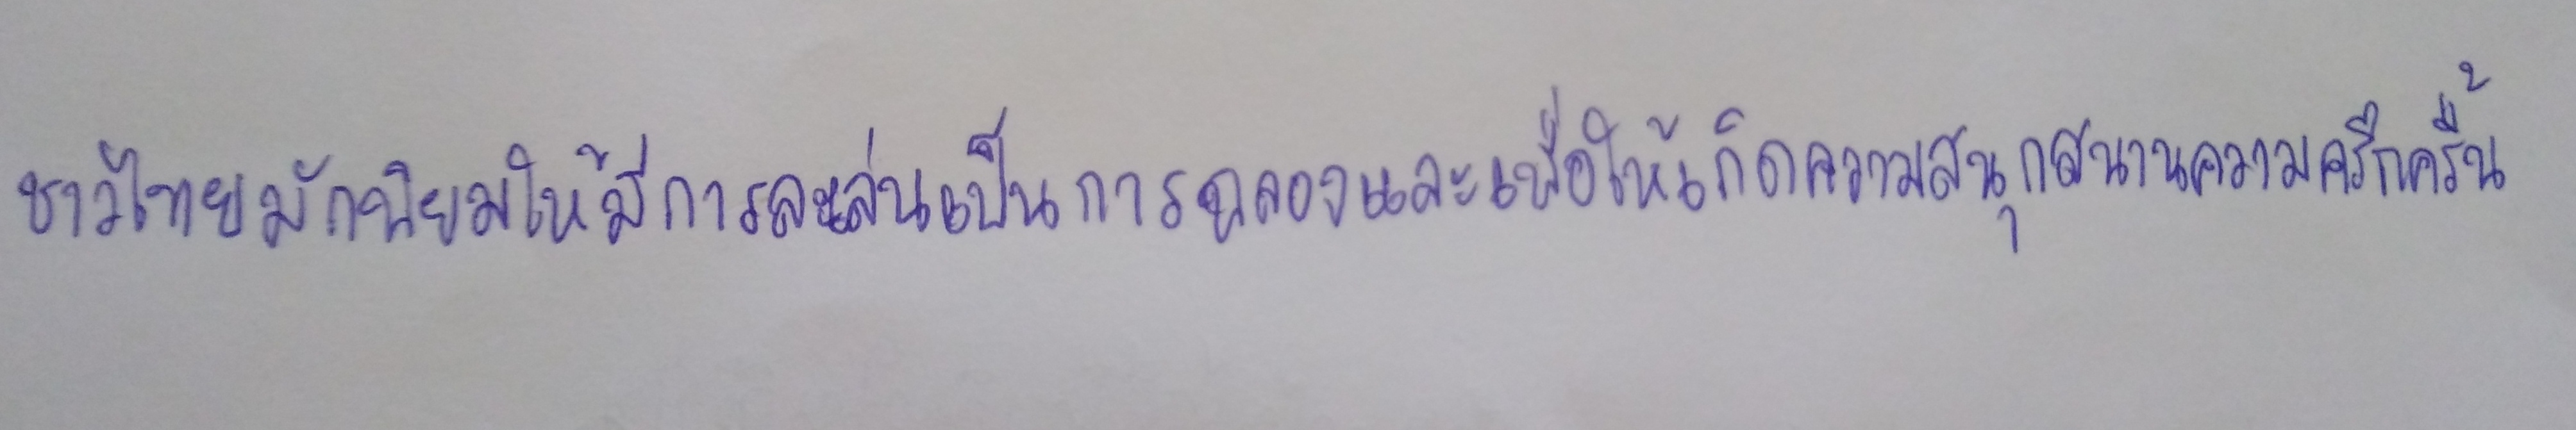
ชาวไทยมักนิยมให้มีการละเล่นเป็นการฉลองและเพื่อให้เกิดความสนุกสนานความครึกครื้น